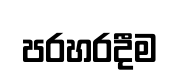
පරහරදීම